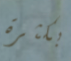
بكثرة